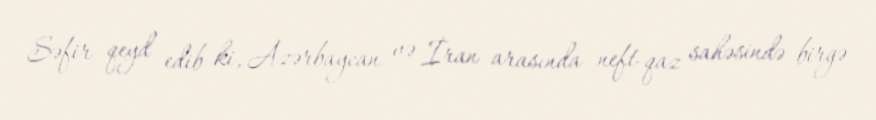
Səfir qeyd edib ki, Azərbaycan və İran arasında neft-qaz sahəsində birgə